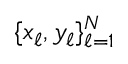
\{ x _ { \ell } , y _ { \ell } \} _ { \ell = 1 } ^ { N }